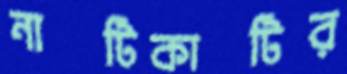
নাটিকাটির